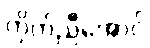
ကိုက်ညီအောင်